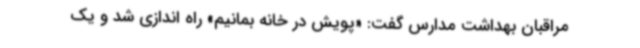
مراقبان بهداشت مدارس گفت: «پویش در خانه بمانیم» راه اندازی شد و یک